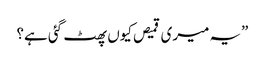
”یہ میری قمیص کیوں پھٹ گئی ہے؟